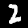
Label: 2